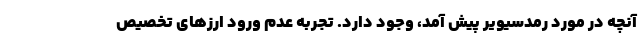
آنچه در مورد رمدسیویر پیش آمد، وجود دارد. تجربه عدم ورود ارزهای تخصیص